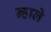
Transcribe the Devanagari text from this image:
न्हाले